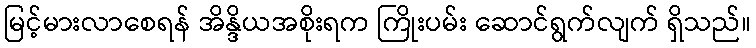
မြင့်မားလာစေရန် အိန္ဒိယအစိုးရက ကြိုးပမ်း ဆောင်ရွက်လျက် ရှိသည်။